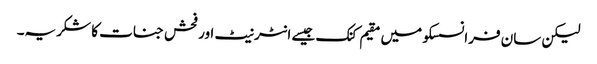
لیکن سان فرانسسکو میں مقیم کنک جیسے انٹرنیٹ اور فحش جنات کا شکریہ۔